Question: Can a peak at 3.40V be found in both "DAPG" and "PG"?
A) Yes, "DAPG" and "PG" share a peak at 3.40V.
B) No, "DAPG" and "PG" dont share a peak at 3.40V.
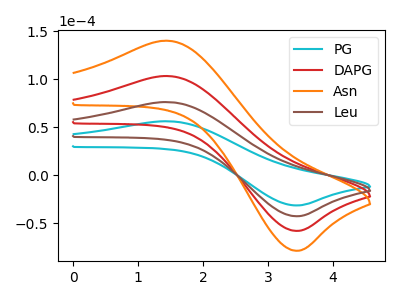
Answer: <think>The cyan curve "PG" has an anodic peak at (1.45V, 56.05uA) and a cathodic peak at (3.40V, -31.55uA). The red curve "DAPG" has an anodic peak at (1.45V, 152.10uA) and a cathodic peak at (3.40V, -85.55uA). The orange curve "Asn" has an anodic peak at (1.45V, 228.15uA) and a cathodic peak at (3.40V, -128.35uA). The brown curve "Leu" has an anodic peak at (1.45V, 76.05uA) and a cathodic peak at (3.40V, -42.80uA).</think>
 <answer>A) Yes, "DAPG" and "PG" share a peak at 3.40V.</answer>
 <eval>A</eval>